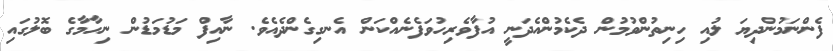
ފެންނަމުންދިޔަ ލުއި ހިނިތުންވުމުން ދެކެމުންއެދަނީ އުފާވެރިހުވަފެނެއްކަން އެނގިގެންދެއެވެ. ނާއިފް މަޑުމަޑުން ނިހާމާގެ ބޮލުގައި